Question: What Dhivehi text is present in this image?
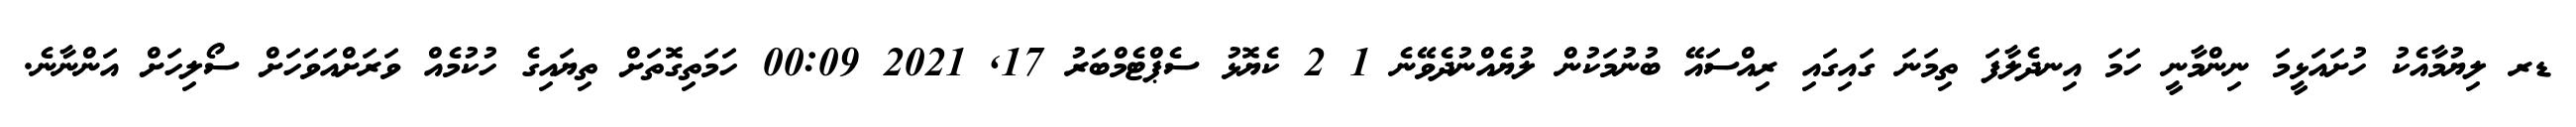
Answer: ޑރ ލިޔުމާއެކު ހުށައަޅީމަ ނިންމާނީ ހަމަ އިނދެލާފަ ތިމަނަ ގައިގައި ރިއްސައޭ ބުނުމަކުން ލުޔެއްނުދެވޭނެ 1 2 ކެޔޮޅު ސެޕްޓެމްބަރު 17, 2021 00:09 ހަމަތިގޮތަށް ތިޔައިގެ ހުކުމެއް ވަރަށްއަވަހަށް ސޯލިހަށް އަންނާނެ.